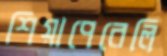
শিয়াপেরেলি